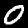
Label: 0